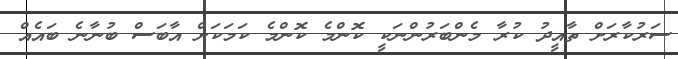
ސަރުކާރަށް ތާއީދު ކުރާ މެންބަރުންނަކީ ކޮންމެ ކޮންމެ ކަމަކަށް އާބަސް ބުނާނެ ބައެއް